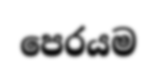
පෙරයම